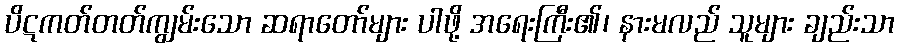
ပိဋကတ်တတ်ကျွမ်းသော ဆရာတော်များ ပါဖို့ အရေးကြီး၏၊ နားမလည် သူများ ချည်းသာ